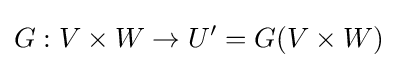
G:V\times W\to U'=G(V\times W)